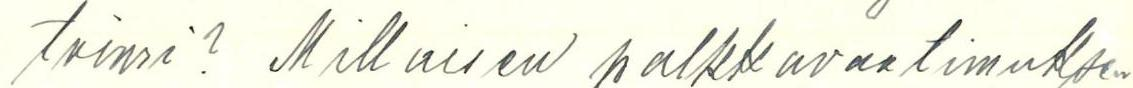
toimi? Millaisen palkkavaatimuksen